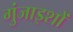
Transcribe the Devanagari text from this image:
गुंजाइशों